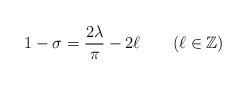
\begin{align*}1-\sigma = \frac{2\lambda}{\pi}-2\ell\quad\quad(\ell \in \mathbb{Z})\end{align*}